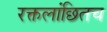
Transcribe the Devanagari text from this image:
रक्तलांछितच